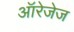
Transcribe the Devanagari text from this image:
ऑरेजेज